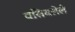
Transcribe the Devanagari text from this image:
वसिवलेले